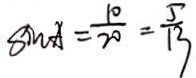
\sin A = \frac { 1 0 } { 2 0 } = \frac { 5 } { 1 3 }